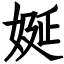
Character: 娫